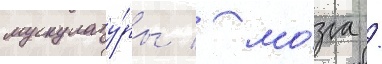
мускулату́ры / мо́зга /